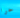
حرا